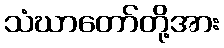
သံဃာတော်တို့အား